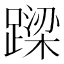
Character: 𨄈